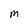
Character: m